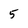
Character: 5